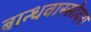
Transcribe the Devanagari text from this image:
बान्धवास्सोदरा